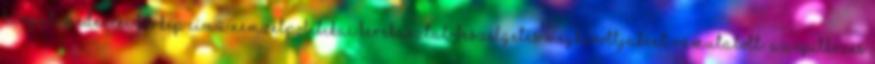
Kárpát-medencei körkép című nemzetpolitikai kerekasztal-beszélgetés meghívottjaként rámutatott: az építkezés